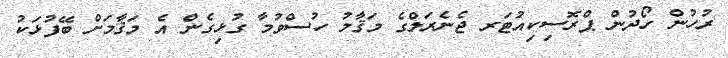
ރުހުން ހޯދުން ޕްރޮސިކިއުޓަރ ޖެނެރަލްގެ މަޤާމު ހުސްވުމާ ގުޅިގެން އެ މަޤާމަށް ބޭފުޅަކު